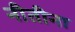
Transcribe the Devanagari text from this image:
नीतीना